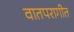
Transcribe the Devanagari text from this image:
वातपरागीत